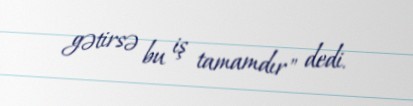
gətirsə bu iş tamamdır" dedi.